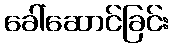
ခေါ်ဆောင်ခြင်း